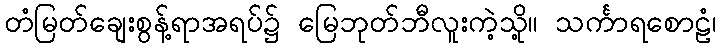
တံမြတ်ချေးစွန့်ရာအရပ်၌ မြေဘုတ်ဘီလူးကဲ့သို့။ သင်္ကာရစောဠံ၊